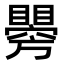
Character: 𥌂